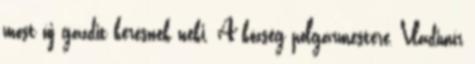
most új gazdit keresnek neki. A község polgármestere, Vladimír